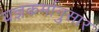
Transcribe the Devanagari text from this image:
यज्ञकर्मानुसार